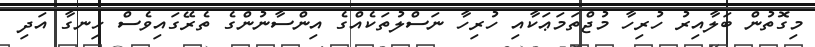
މިގޮތުން ބަލާއިރު ހުރިހާ މުޖްތަމަޢަކާއި ހުރިހާ ނަސްލުތަކެއްގެ އިންސާނުންގެ ތެރޭގައިވެސް ހިނގާ އަދި